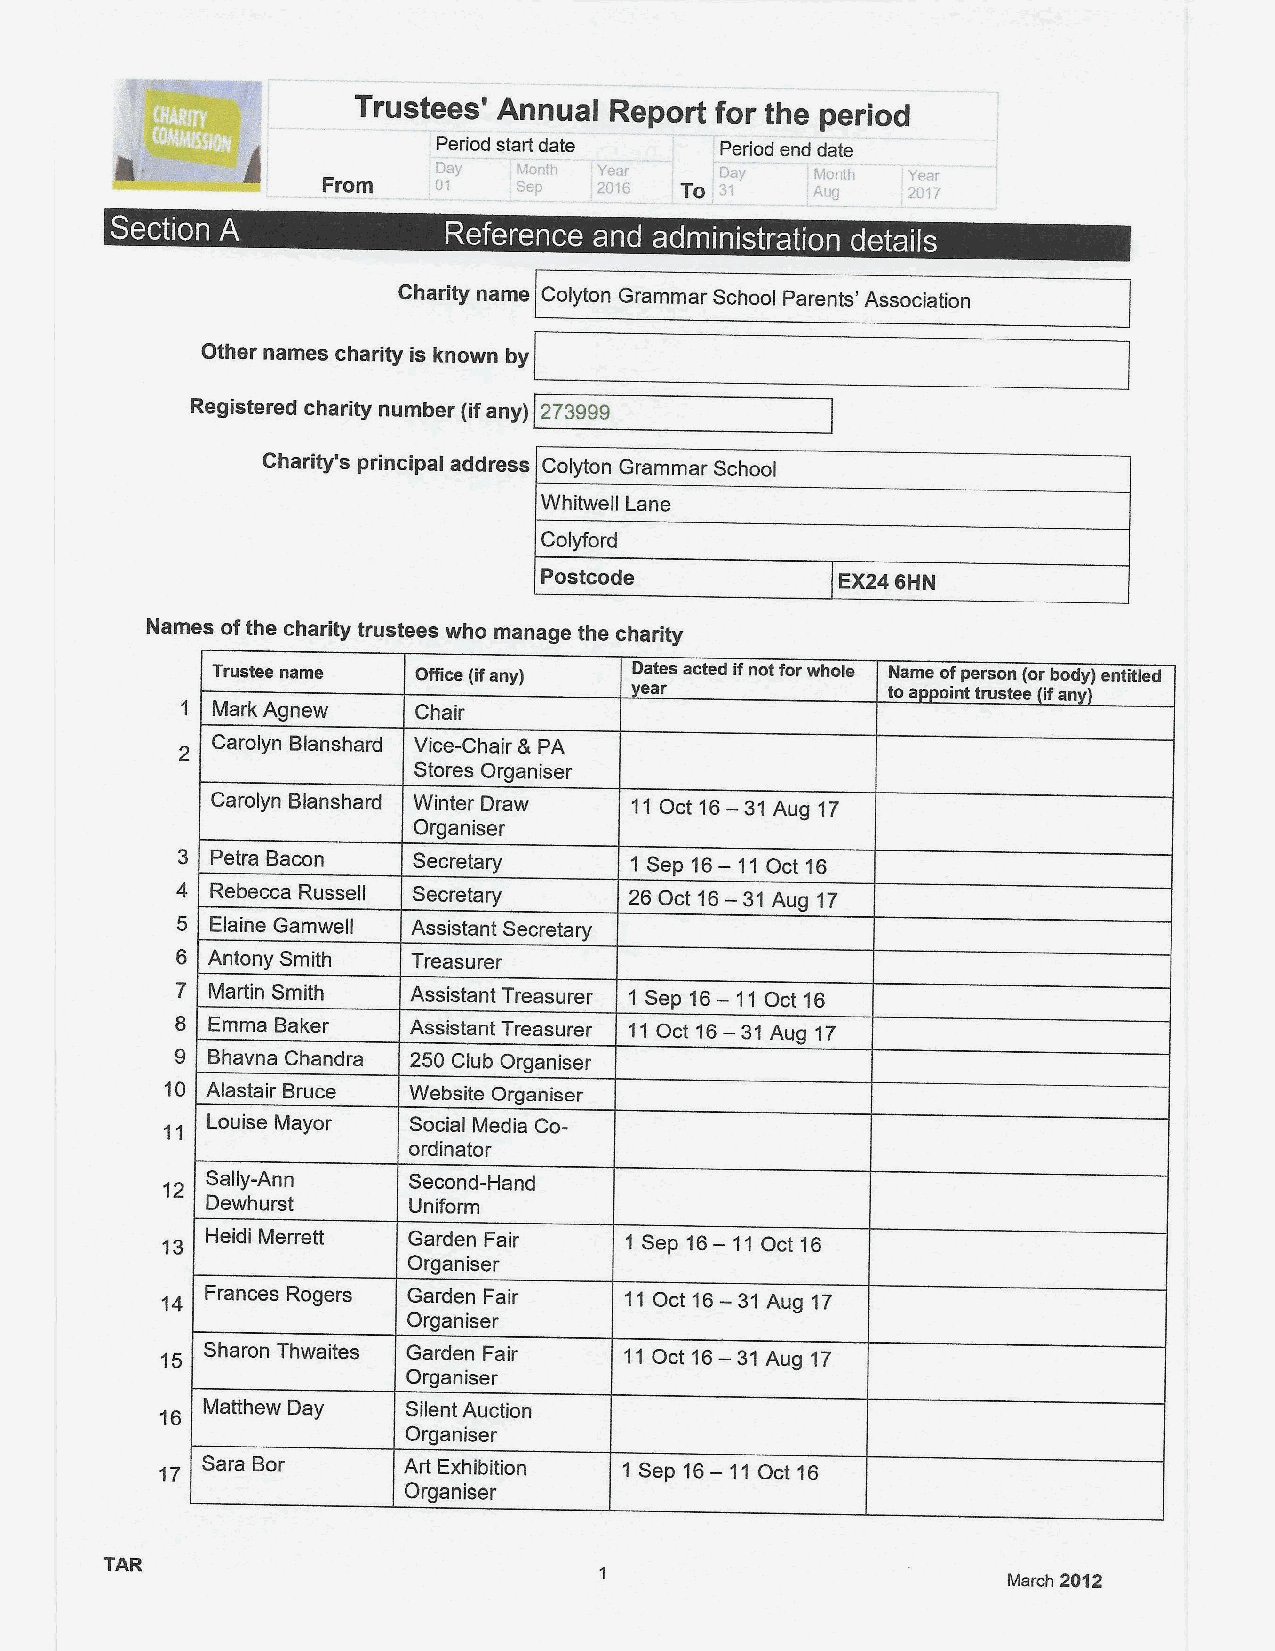
Trustees'
 Annual Report for the period
 Period start date  Period end date
 From    cD '"a ty sL aio pns; ' 2Y 0e 1ar 6 To Day AM UQ~ gI&h Y 208 'I3i
 /
 a  s                  0 A A  A
 ~  ~
 Charity name Colyton Grammar School Parents' Association
 Other names charity is known by
 Registered charity number (ifany) 273999
 Charity's principal address Colyton Grammar School
 Whitwell Lane
 Colyford
 Postcode
 EX24SHN
 Names ofthe charity trustees who manage the charity
 Trustee name Office (ifany) Dates acted ifnot forwhole Name ofperson (orbody}entitled
 ear              toa oint trustee ifan
 1 Mark Agnew   Chair
 Carolyn Blanshard Vice-Chair 8 PA
 Stores Organiser
 Carolyn Blanshard Winter Draw 11Oct 16—31Aug 17
 Organiser
 3 Petra Bacon  Secretary      1 Sep 16— 11Oct 16
 4 Rebecca Russell Secretary   26 Oct 16— 31Aug 17
 5 Eiaine Gamwell Assistant Secretary
 6 Antony Smith Treasurer
 7 Martin Smith Assistant Treasurer 1 Sep 16— 11 Oct 16
 8 Emma Baker   Assistant Treasurer 11Oct 16—31Aug 17
 9 Bhavna Chandra 250 Club Organiser
 10 Alastair Bruce Website Organiser
 Louise Mayor Social Media Co-
 ordinator
 Sally-Ann    Second-Hand
 Dewhurst     Uniform
 Heidi Merrett Garden Fair  1 Sep16— 11Oct16
 Organise r
 14 Frances Rogers Garden Fair 11 Oct 16— 31Aug 17
 Organiser
 Sharon Thwaites Garden Fair 11Oct 16— 31Aug 17
 Organiser
 Matthew Day   Silent Auction
 Organiser
 Sara Bor      Art Exhibition 1 Sep 16— 11Oct 16
 Organiser
 March 2012